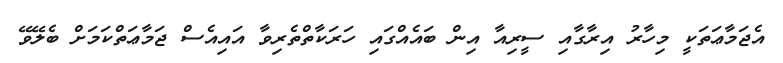
އެޖަމާޢަތަކީ މިހާރު އިރާގާއި ސީރިއާ އިން ބައެއްގައި ހަރަކާތްތެރިވާ އައިއެސް ޖަމާޢަތްކަމަށް ބެލޭވޭ